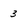
Character: 3